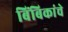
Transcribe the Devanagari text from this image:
बिंबिकांचे